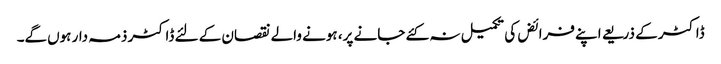
ڈاکٹر کے ذریعے اپنے فرائض کی تکمیل نہ کئے جانے پر، ہونے والے نقصان کے لئے ڈاکٹر ذمہ دار ہوں‌گے۔